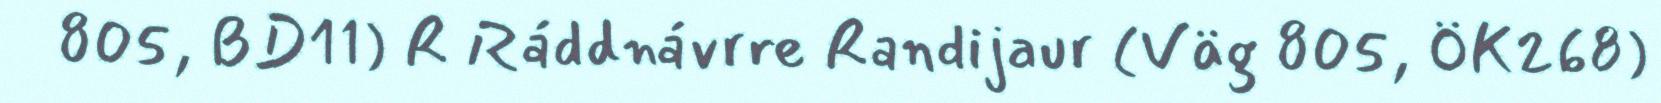
805, BD11) R Ráddnávrre Randijaur (Väg 805, ÖK268)